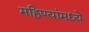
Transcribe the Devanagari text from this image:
महिण्यांमध्ये